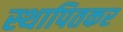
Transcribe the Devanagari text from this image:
स्थापितकर